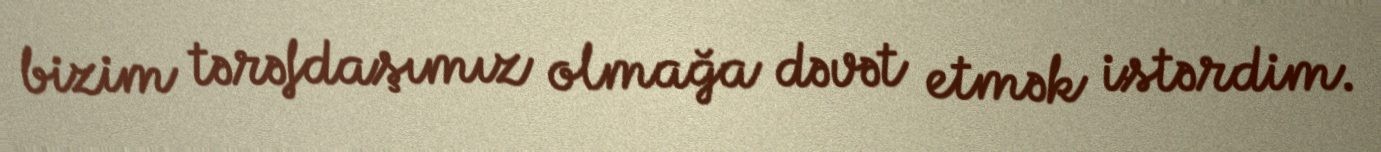
bizim tərəfdaşımız olmağa dəvət etmək istərdim.